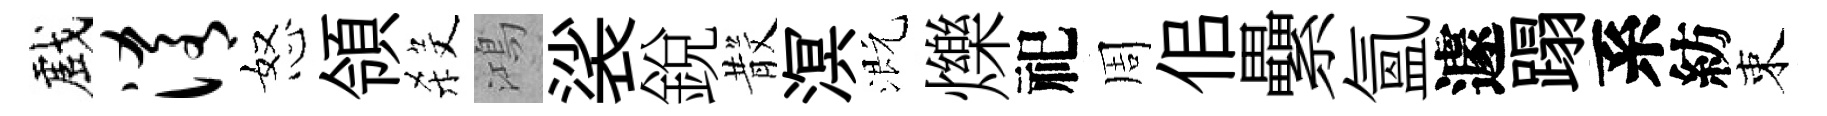
戲淆怒領殺鴻裟銳𣪚溟溉爍祀周佀纍氳遽蹋系紡束